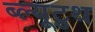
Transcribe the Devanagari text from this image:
ब्ल्यूटुथ